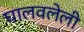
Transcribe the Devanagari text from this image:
घालवलेली